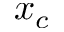
x _ { c }